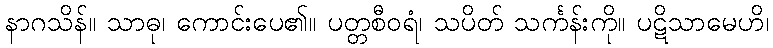
နာဂသိန်။ သာဓု၊ ကောင်းပေ၏။ ပတ္တစီဝရံ၊ သပိတ် သင်္ကန်းကို။ ပဋိသာမေဟိ၊